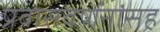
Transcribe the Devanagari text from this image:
प्रवासवर्णनांसह